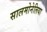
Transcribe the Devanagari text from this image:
सालमोनेलिया